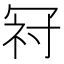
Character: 𭁺